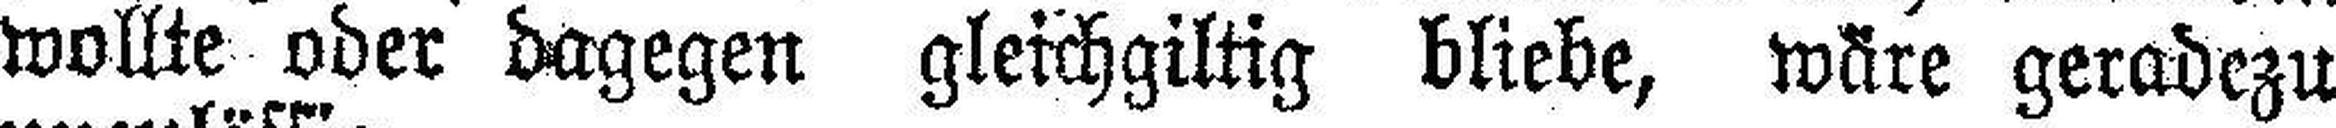
wollte oder dagegen gleichgiltig bliebe, wäre geradezu